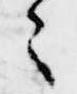
々